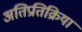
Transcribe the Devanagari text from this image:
अतिप्रतिक्रिया